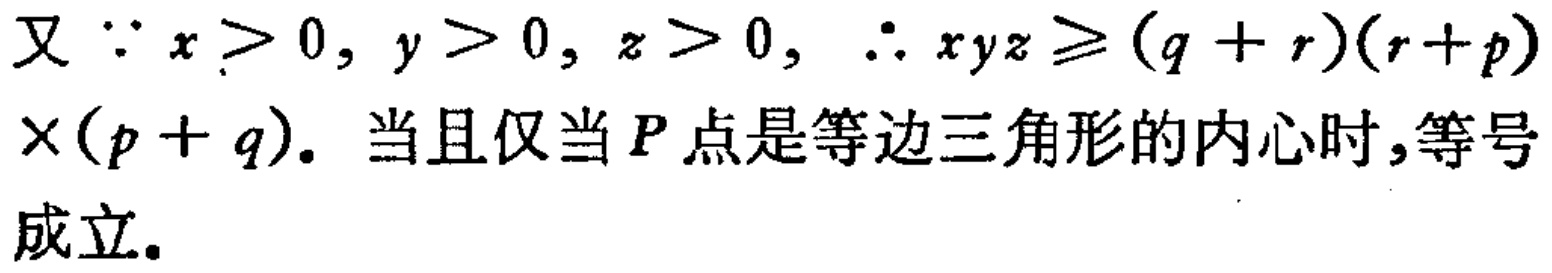
又 \(\because x > 0, y > 0, z > 0, \therefore xyz\geqslant (q + r)(r + p)\times(p + q)\). 当且仅当 \(P\) 点是等边三角形的内心时,等号成立.